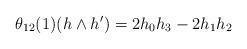
LaTeX: \begin{align*}\theta_{12}(1)(h \wedge h^\prime) = 2h_0h_3 - 2h_1h_2 \end{align*}